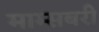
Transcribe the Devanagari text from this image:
माम्सबरी